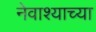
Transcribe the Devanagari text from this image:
नेवाश्याच्या